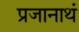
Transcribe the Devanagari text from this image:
प्रजानाथं